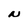
Character: N